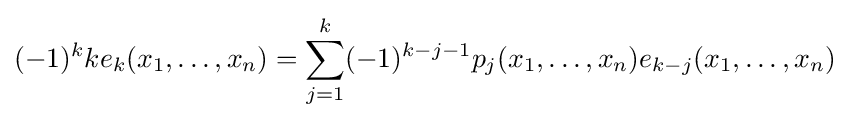
(-1)^{k}ke_{k}(x_{1},\ldots ,x_{n})=\sum _{j=1}^{k}(-1)^{k-j-1}p_{j}(x_{1},\ldots ,x_{n})e_{k-j}(x_{1},\ldots ,x_{n})